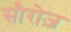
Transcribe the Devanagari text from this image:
सौरोज़